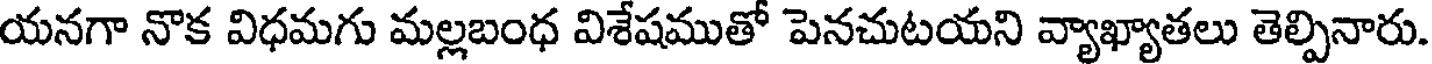
యనగా నొక విధమగు మల్లబంధ విశేషముతో పెనచుటయని వ్యాఖ్యాతలు తెల్పినారు.